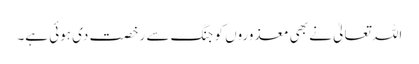
اللہ تعالیٰ نے بھی معذوروں کو جنگ سے رخصت دی ہوئی ہے۔